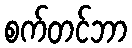
စက်တင်ဘာ